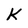
Character: k